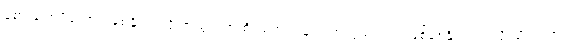
ခံစားချက်ပိုကောင်းစေနိုင်သလို အထွတ်အထိပ်ရောက်ခြင်း အလွယ်တကူ ဖြစ်စေနိုင်တယ်လို့ သိရပါတယ်။